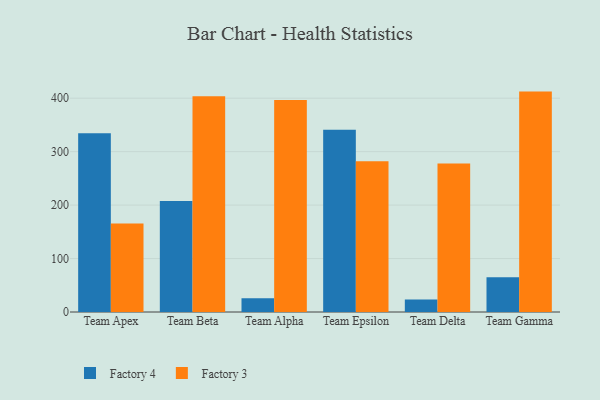
{"axis": {"x": "Team", "y": "Satisfaction Score"}, "legend": ["Factory 3", "Factory 4"], "data": [{"x": "Team Apex", "y": 334.2, "type": "Factory 4"}, {"x": "Team Apex", "y": 165.7, "type": "Factory 3"}, {"x": "Team Beta", "y": 207.7, "type": "Factory 4"}, {"x": "Team Beta", "y": 403.4, "type": "Factory 3"}, {"x": "Team Alpha", "y": 25.8, "type": "Factory 4"}, {"x": "Team Alpha", "y": 396.4, "type": "Factory 3"}, {"x": "Team Epsilon", "y": 341.1, "type": "Factory 4"}, {"x": "Team Epsilon", "y": 281.9, "type": "Factory 3"}, {"x": "Team Delta", "y": 23.2, "type": "Factory 4"}, {"x": "Team Delta", "y": 277.7, "type": "Factory 3"}, {"x": "Team Gamma", "y": 64.8, "type": "Factory 4"}, {"x": "Team Gamma", "y": 412.3, "type": "Factory 3"}]}